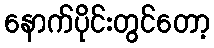
နောက်ပိုင်းတွင်တော့